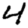
Digit: 4